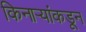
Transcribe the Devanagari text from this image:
किनाऱ्यांकडून